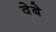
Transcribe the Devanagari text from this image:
वेबे